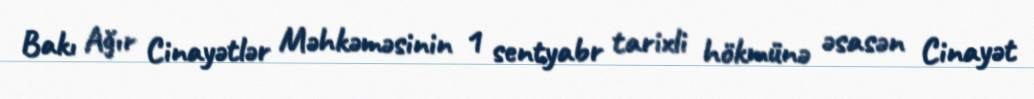
Bakı Ağır Cinayətlər Məhkəməsinin 1 sentyabr tarixli hökmünə əsasən Cinayət